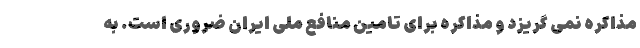
مذاکره نمی گریزد و مذاکره برای تامین منافع ملی ایران ضروری است. به